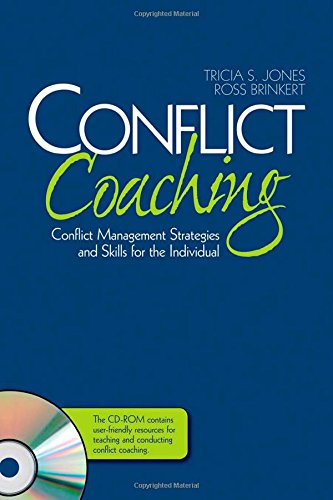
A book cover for Conflict Coaching: Conflict Management Strategies and Skills for the Individual; Tricia S. Jones; Self-Help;